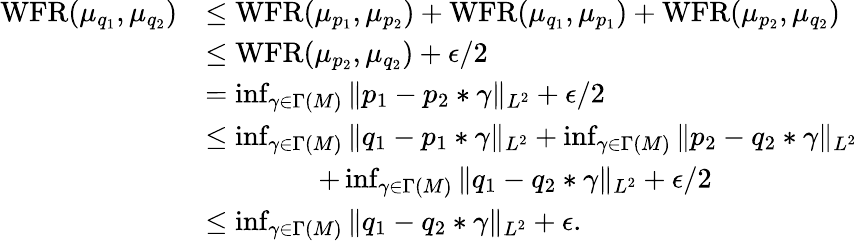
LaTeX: \begin{array}{rl}{\operatorname{WFR}(\mu_{q_{1}},\mu_{q_{2}})}&{\leq\operatorname{WFR}(\mu_{p_{1}},\mu_{p_{2}})+\operatorname{WFR}(\mu_{q_{1}},\mu_{p_{1}})+\operatorname{WFR}(\mu_{p_{2}},\mu_{q_{2}})}\\ &{\leq\operatorname{WFR}(\mu_{p_{2}},\mu_{q_{2}})+\epsilon/2}\\ &{=\operatorname*{inf}_{\gamma\in\Gamma(M)}\| p_{1}-p_{2}*\gamma\| _{L^{2}}+\epsilon/2}\\ &{\leq\operatorname*{inf}_{\gamma\in\Gamma(M)}\| q_{1}-p_{1}*\gamma\| _{L^{2}}+\operatorname*{inf}_{\gamma\in\Gamma(M)}\| p_{2}-q_{2}*\gamma\| _{L^{2}}}\\ &{\qquad\qquad+\operatorname*{inf}_{\gamma\in\Gamma(M)}\| q_{1}-q_{2}*\gamma\| _{L^{2}}+\epsilon/2}\\ &{\leq\operatorname*{inf}_{\gamma\in\Gamma(M)}\| q_{1}-q_{2}*\gamma\| _{L^{2}}+\epsilon.}\end{array}